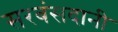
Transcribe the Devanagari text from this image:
सरबंसदानी